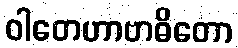
ဝါတေဟာဗာဓိတော